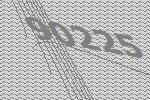
90225